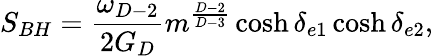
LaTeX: S_{BH}={\frac{\omega_{D-2}}{2G_{D}}}m^{\frac{D-2}{D-3}}\cosh\delta_{e1}\cosh\delta_{e2},